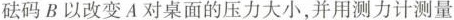
砝码B以改变A对桌面的压力大小，并用测力计测量